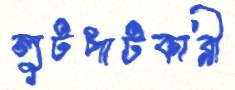
লুটপাটকারী